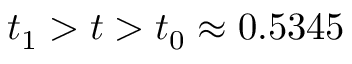
t _ { 1 } > t > t _ { 0 } \approx 0 . 5 3 4 5